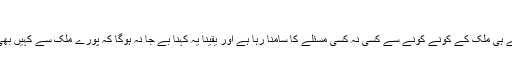
(فوٹو: انٹرنیٹ)
تحریک انصاف کی حکومت کو اپنے پہلے دن سے ہی ملک کے کونے کونے سے کسی نہ کسی مسئلے کا سامنا رہا ہے اور یقیناً یہ کہنا بے جا نہ ہوگا کہ پورے ملک سے کہیں بھی کوئی ٹھنڈی ہوا اس حکومت کو نصیب نہ ہوئی۔